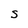
Character: s